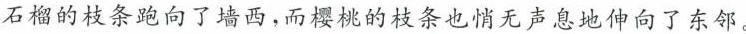
石榴的枝条跑向了墙西，而樱桃的枝条也悄无声息地伸向了东邻。